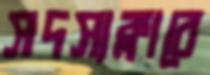
সদস্যক্লাবে